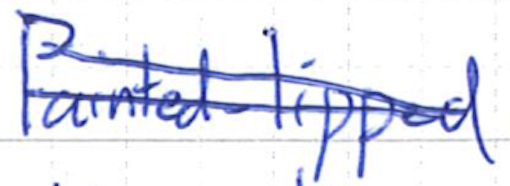
Text: Painted-lipped
Cross-out: mix
Writing tool: ballpoint